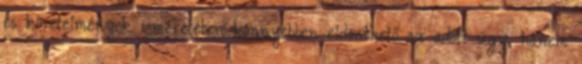
és követelmények ismeretében könnyebben eldönthető az adott ügy, hanem